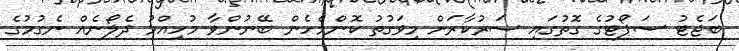
ބަޖެޓު ސަޕޯޓުގެ ގޮތުގައި ސަރުކާރަށް މިވަގުތު ކޮންމެހެން ބޭނުންވާ މުހިއްމު ދެލޯނެއް ނެގުމުގެ